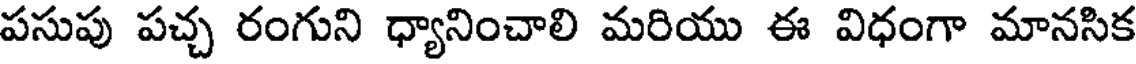
పసుపు పచ్చ రంగుని ధ్యానించాలి మరియు ఈ విధంగా మానసిక